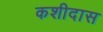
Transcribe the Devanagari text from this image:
कशीदास